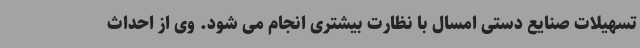
تسهیلات صنایع دستی امسال با نظارت بیشتری انجام می شود. وی از احداث